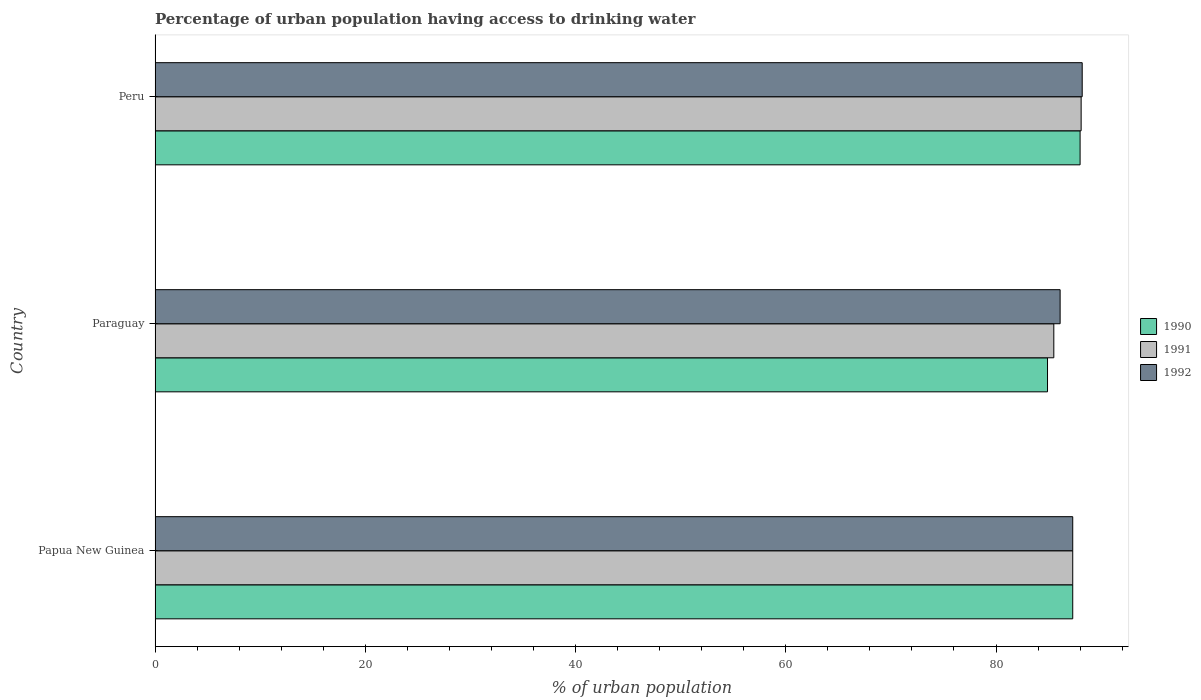
| Country | 1990 | 1991 | 1992 |
 | --- | --- | --- | --- |
 | Papua New Guinea | 87.3 | 87.3 | 87.3 |
 | Paraguay | 84.9 | 85.5 | 86.1 |
 | Peru | 88 | 88.1 | 88.2 |